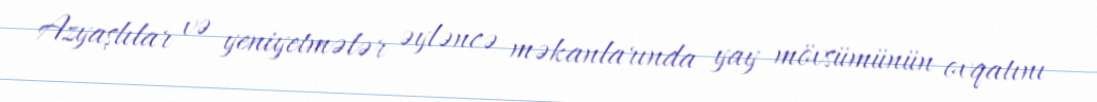
Azyaşlılar və yeniyetmələr əyləncə məkanlarında yay mövsümünün ovqatını